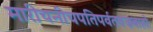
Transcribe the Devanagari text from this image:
मारीचनीचपतिपर्वतवज्रबाहोः